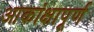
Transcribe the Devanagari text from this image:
आकांक्षापूर्ण